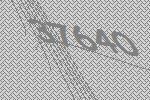
37640